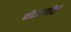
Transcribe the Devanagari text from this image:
पोटजातींची